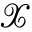
\mathcal { X }